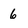
Character: 6